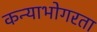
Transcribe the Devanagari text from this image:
कन्याभोगरता